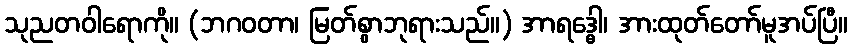
သုညတဝါရောကို။ (ဘဂဝတာ၊ မြတ်စွာဘုရားသည်။) အာရဒ္ဓေါ၊ အားထုတ်တော်မူအပ်ပြီ။